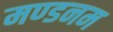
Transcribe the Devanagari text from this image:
मण्‍डनम